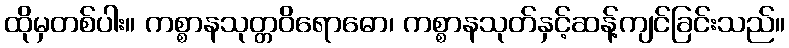
ထိုမှတစ်ပါး။ ကစ္စာနသုတ္တဝိရောဓော၊ ကစ္စာနသုတ်နှင့်ဆန့်ကျင်ခြင်းသည်။